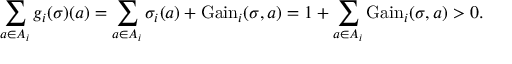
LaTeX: \sum _ { a \in A _ { i } } g _ { i } ( \sigma ) ( a ) = \sum _ { a \in A _ { i } } \sigma _ { i } ( a ) + { \mathrm { G a i n } } _ { i } ( \sigma , a ) = 1 + \sum _ { a \in A _ { i } } { \mathrm { G a i n } } _ { i } ( \sigma , a ) > 0 .